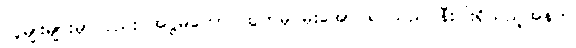
လူမျိုးများမှာလည်း အဋ္ဌမတောင်ထွတ်မှ မိုးအောင်ရင်သည် နီးပါးရှိသည့်အနက်